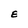
Character: E